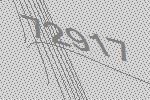
72917